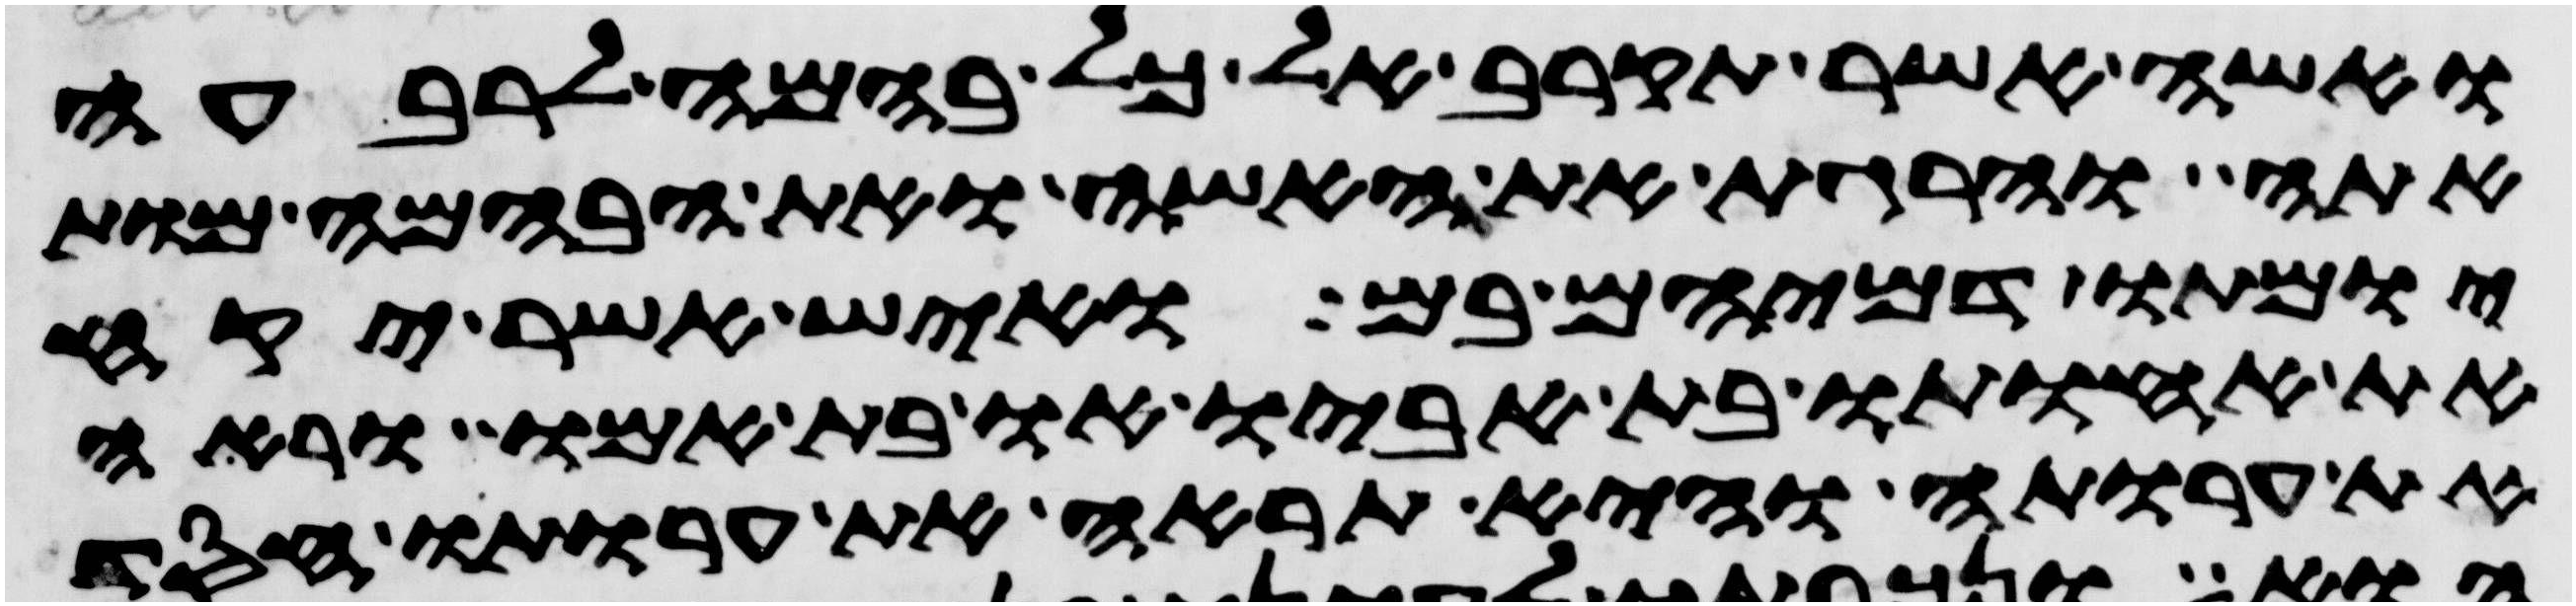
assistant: ואשה אשר תקרב אל כל בהמה לרבעה
אתה והרגת את האשה ואת הבהמה מות
יומתו דמיהם בם ואיש אשר יקח
את אחותו בת אביו או בת אמו וראה
את ערותה והיא תראה את ערותו חסד